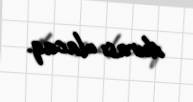
durası olacaq.